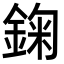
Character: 𨨠